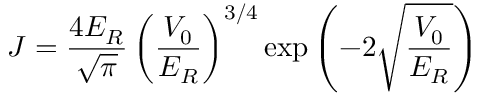
J = \frac { 4 E _ { R } } { \sqrt { \pi } } \left( \frac { V _ { 0 } } { E _ { R } } \right) ^ { 3 / 4 } \exp \left( - 2 \sqrt { \frac { V _ { 0 } } { E _ { R } } } \right)